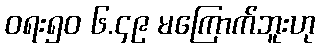
ဝရး၅၀ ၆.၄၉ မကြောက်ဘူးဟု